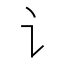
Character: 讠